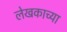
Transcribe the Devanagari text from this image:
लेखकाच्‍या